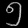
Digit: ၅